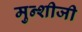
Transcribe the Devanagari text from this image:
मुन्शीजी